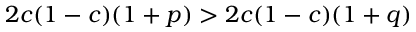
2 c ( 1 - c ) ( 1 + p ) > 2 c ( 1 - c ) ( 1 + q )